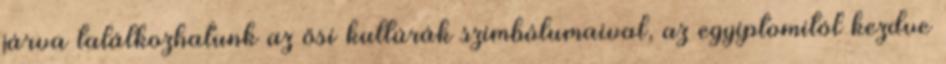
járva találkozhatunk az ősi kultúrák szimbólumaival, az egyiptomitól kezdve